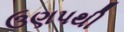
ઉણપથી